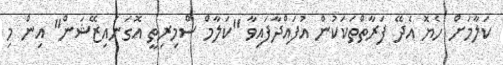
ކަލާމަށް ހެޔޮ އެދޭ ފަރާތްތަކަކުން އުފައްދާފައިވާ "ކަލާމް ސްމިރިތީ އޮގަނައިޒޭޝަން" އިން މި